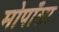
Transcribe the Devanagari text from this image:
मोपाँसा